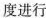
度进行